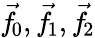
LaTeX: {\vec{f}}\! _{0},{\vec{f}}\! _{1},{\vec{f}}\! _{2}